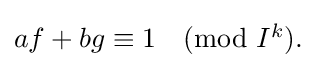
{\textstyle af+bg\equiv 1{\pmod {I^{k}}}.}